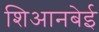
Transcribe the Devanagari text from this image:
शिआनबेई